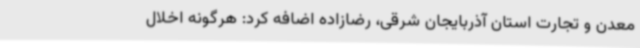
معدن و تجارت استان آذربایجان شرقی، رضازاده اضافه کرد: هرگونه اخلال